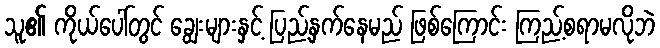
သူ၏ ကိုယ်ပေါ်တွင် ချွေးများနှင့် ပြည့်နှက်နေမည် ဖြစ်ကြောင်း ကြည့်စရာမလိုဘဲ